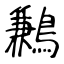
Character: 鶼